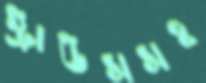
স্ট্রাউসসহ